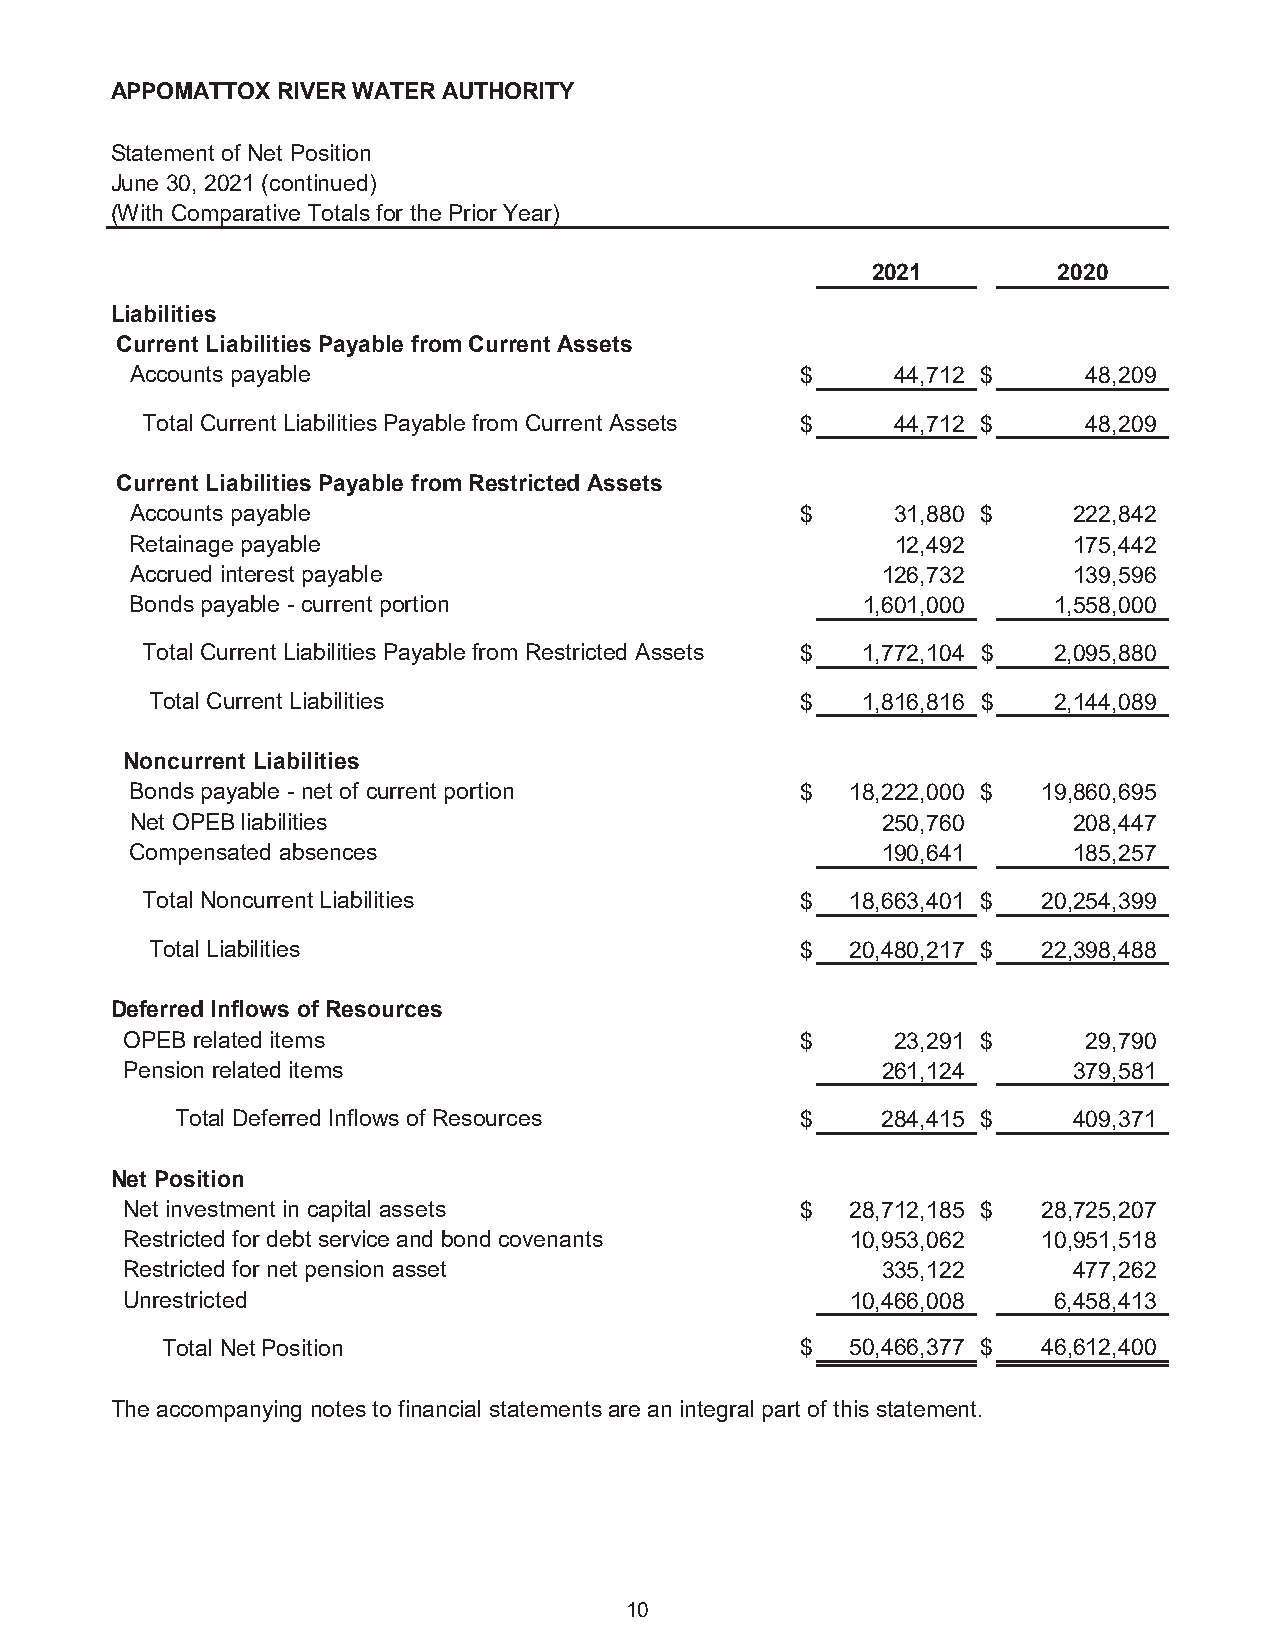
APPOMATTOX RIVER WATER AUTHORITY
 Statement of Net Position
 June 30, 2021 (continued)
 (With Comparative Totals for the Prior Year)
 2021        2020
 Liabilities
 Current Liabilities Payable from Current Assets
 Accounts payable                            $     4 4,712 $    4 8,209
 Total Current Liabilities Payable from Current Assets $ 4 4,712 $ 4 8,209
 Current Liabilities Payable from Restricted Assets
 Accounts payable                            $     3 1,880 $   2 22,842
 Retainage payable                                 1 2,492     175,442
 Accrued interest payable                         1 26,732     1 39,596
 Bonds payable - current portion                 1 ,601,000   1 ,558,000
 Total Current Liabilities Payable from Restricted Assets $ 1,772,104 $ 2,095,880
 Total Current Liabilities                  $   1,816,816 $  2,144,089
 Noncurrent Liabilities
 Bonds payable - net of current portion      $  18,222,000 $ 19,860,695
 Net OPEB liabilities                             250,760      208,447
 Compensated absences                             190,641      185,257
 Total Noncurrent Liabilities                $  18,663,401 $ 20,254,399
 Total Liabilities                          $  20,480,217 $ 22,398,488
 Deferred Inflows of Resources
 OPEB related items                           $     2 3,291 $    2 9,790
 Pension related items                             2 61,124     3 79,581
 Total Deferred Inflows of Resources      $    2 84,415 $   4 09,371
 Net Position
 Net investment in capital assets             $  28,712,185 $ 28,725,207
 Restricted for debt service and bond covenants  10,953,062   10,951,518
 Restricted for net pension asset                  335,122      477,262
 Unrestricted                                    10,466,008    6,458,413
 Total Net Position                        $  50,466,377 $ 46,612,400
 The accompanying notes to financial statements are an integral part of this statement.
 10